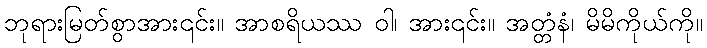
ဘုရားမြတ်စွာအား၎င်း။ အာစရိယဿ ဝါ၊ အား၎င်း။ အတ္တံနံ၊ မိမိကိုယ်ကို။